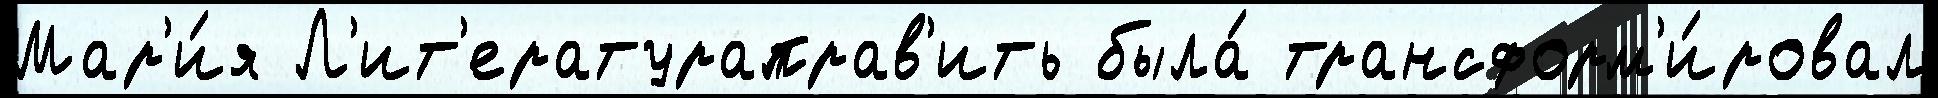
Мар'и́я Л'ит'ератураправ'ить была́ трансформ'и́ровал